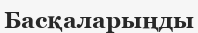
Басқаларыңды